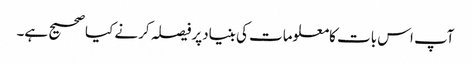
آپ اس بات کامعلومات کی بنیادپرفیصلہ کرنے کیاصحیح ہے۔